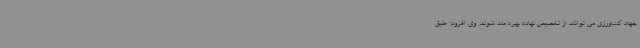
جهاد کشاورزی می توانند از تخصیص نهاده بهره مند شوند. وی افزود: طبق